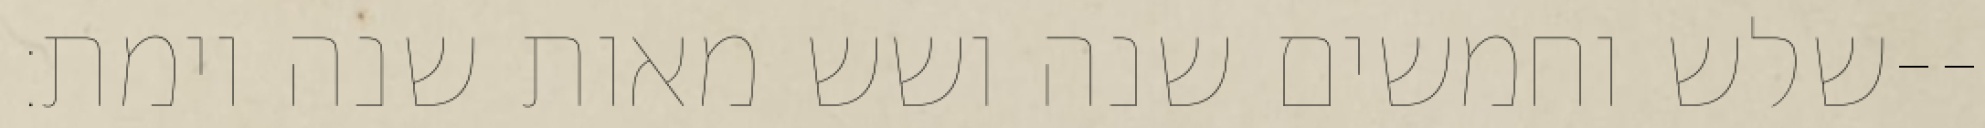
שלש וחמשים שנה ושש מאות שנה וימת׃--